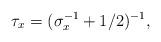
LaTeX: \begin{align*}\tau_x = (\sigma_x^{-1}+1/2)^{-1},\end{align*}